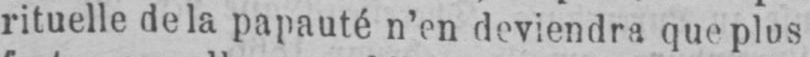
rituelle de la papauté n’en deviendra que plus